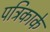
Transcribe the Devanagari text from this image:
पत्रिकाके